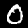
Digit: 0